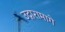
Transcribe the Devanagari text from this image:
उद्गारामागे